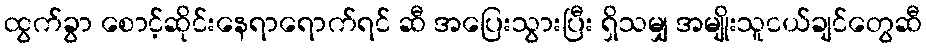
ထွက်ခွာ စောင့်ဆိုင်းနေရာရောက်ရင် ဆီ အပြေးသွားပြီး ရှိသမျှ အမျိုးသူငယ်ချင်တွေဆီ